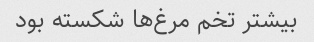
بیشتر تخم مرغ‌ها شکسته بود